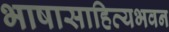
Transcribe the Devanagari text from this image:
भाषासाहित्यभवन